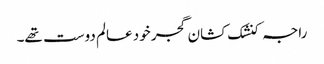
راجہ کنشک کشان گجر خود عالم دوست تھے۔